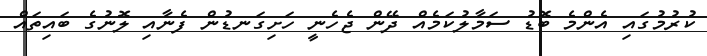
ކުރުމުގައި އެންމެ ބޮޑު ސަމާލުކަމެއް ދޭން ޖެހެނީ ހަށިގަނޑުން ފެނާއި ލޮނުގެ ބައިތައް